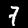
Label: 7